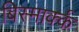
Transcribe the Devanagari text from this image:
बिस्मार्क्क